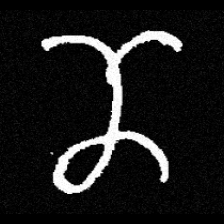
Pyu character \u2014 Myanmar letter: ဏ (romanized: nna)